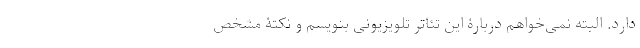
دارد. البته نمی‌خواهم دربارۀ این تئاتر تلویزیونی بنویسم و نکتۀ مشخص